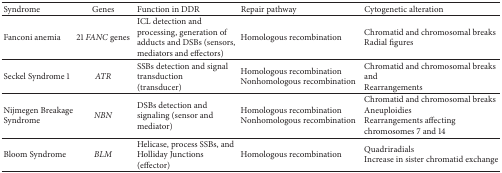
<table><thead><tr><td><b>Syndrome</b></td><td><b>Genes</b></td><td><b>Function in DDR</b></td><td><b>Repair pathway</b></td><td><b>Cytogenetic alteration</b></td></tr></thead><tbody><tr><td>Fanconi anemia</td><td>21 <i>FANC</i> genes</td><td>ICL detection and processing, generation of adducts and DSBs (sensors, mediators and effectors)</td><td>Homologous recombination</td><td>Chromatid and chromosomal breaksRadial figures</td></tr><tr><td>Seckel Syndrome 1</td><td><i>ATR</i></td><td>SSBs detection and signal transduction (transducer)</td><td>Homologous recombinationNonhomologous recombination</td><td>Chromatid and chromosomal breaks andRearrangements</td></tr><tr><td>Nijmegen Breakage Syndrome</td><td><i>NBN</i></td><td>DSBs detection and signaling (sensor and mediator)</td><td>Homologous recombinationNonhomologous recombination</td><td>Chromatid and chromosomal breaksAneuploidiesRearrangements affecting chromosomes 7 and 14</td></tr><tr><td>Bloom Syndrome</td><td><i>BLM</i></td><td>Helicase, process SSBs, and Holliday Junctions (effector)</td><td>Homologous recombination</td><td>QuadriradialsIncrease in sister chromatid exchange</td></tr></tbody></table>